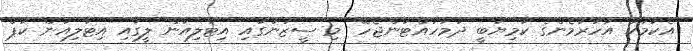
އެކަމަކު އަހަރުމެންގެ ކާމިޔާބީ ދަމަހައްޓަންޖެހޭ" މި ސީޒަނުގައި އިޓާލިއަން ލީގާއި އިޓާލިއަން ކަޕް